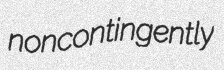
noncontingently